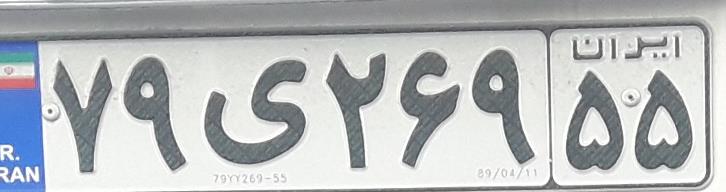
۷۹ی۲۶۹۵۵